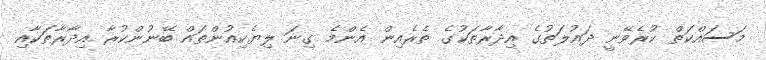
މަސައްކަތް ކުރެވޭނީ ދައުލަތުގެ އިދާރާތަކުގެ ތެރެއިން އެންމެ ގިނަ ލިޔެކިއުންތައް ބޭނުންކުރާ އިދާރާތަކާއި